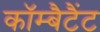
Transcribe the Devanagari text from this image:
कॉम्बैटैंट